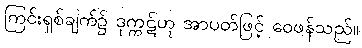
ကြင်းရှစ်ချက်၌ ဒုက္ကဋ်ဟု အာပတ်ဖြင့် ဝေဖန်သည်။